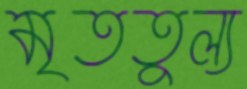
মৃততুল্য